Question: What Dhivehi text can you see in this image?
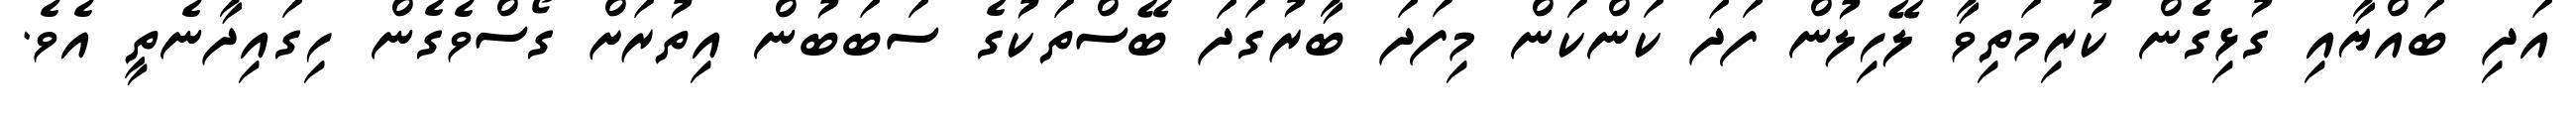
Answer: އަދި ބައްޔާއި ގުޅިގެން ކުރިމަތިވާ ލޭހިލުން ފަދަ ކަންކަން މިފަދަ ބާރުގަދަ ބޭސްތަކުގެ ސަބަބުން އިތުރަށް ގޯސްވެގެން ހިގައިދާނެތީ އެވެ.